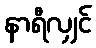
နာရီလျှင်